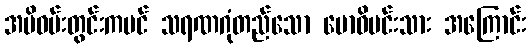
အမိဝမ်းတွင်းကပင် သရဏဂုံတည်သော ဗောဓိမင်းသား အကြောင်း